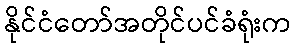
နိုင်ငံတော်အတိုင်ပင်ခံရုံးက